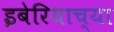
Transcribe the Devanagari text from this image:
इबेरियाच्या